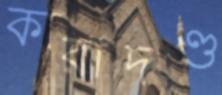
কারাদণ্ড